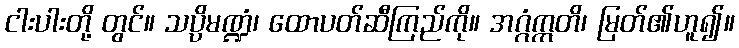
ငါးပါးတို့ တွင်။ သပ္ပိမဏ္ဍံ၊ ထောပတ်ဆီကြည်ကို။ အဂ္ဂံဣတိ၊ မြတ်၏ဟူ၍။